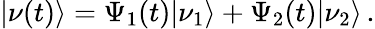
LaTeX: |\nu(t)\rangle=\Psi_{1}(t)|\nu_{1}\rangle+\Psi_{2}(t)|\nu_{2}\rangle\, .